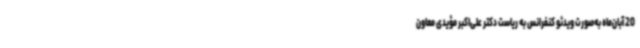
20 آبان‌ماه به‌صورت ویدئو کنفرانس به ریاست دکتر علی‌اکبر مؤیدی معاون